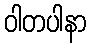
ဝါတပါနာ